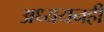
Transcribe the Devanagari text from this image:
अध्ययनही